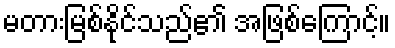
မတားမြစ်နိုင်သည်၏ အဖြစ်ကြောင့်။